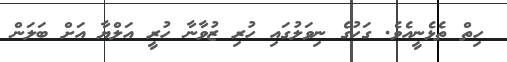
ހިތް ތެޅެނީއެވެ. ގަހުގެ ނިވަލުގައި ހުރި ޒުވާނާ ހުރީ އަލްޔާ އަށް ބަލަން